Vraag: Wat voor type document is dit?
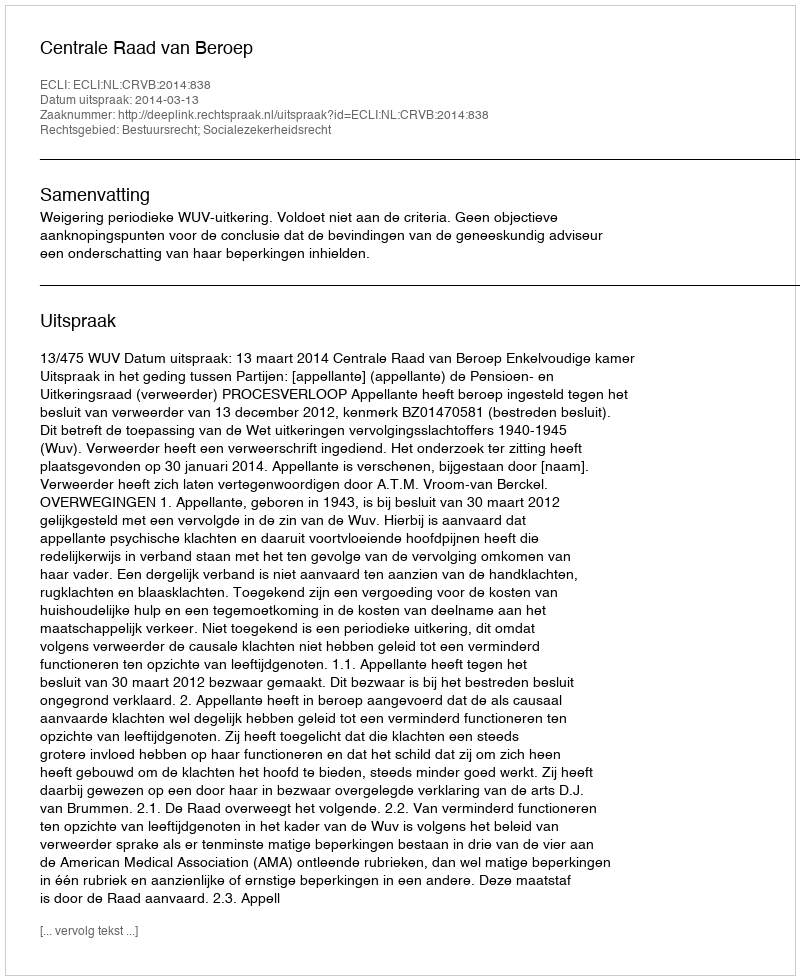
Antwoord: Uitspraak